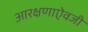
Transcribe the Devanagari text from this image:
आरक्षणाऐवजी